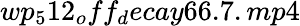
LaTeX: wp_{5}12_{o}ff_{d}ecay66.7.mp4